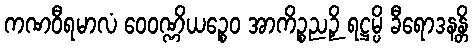
ကဏဝီရမာလံ ဝေဝဏ္ဏိယဉ္စေဝ အာကိဉ္စညဉှိ ရဋ္ဌမ္ပိ ခီရောဒနန္တိ